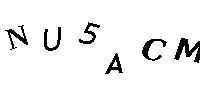
NU5ACM